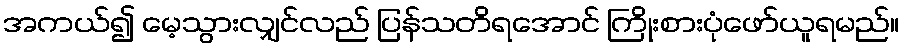
အကယ်၍ မေ့သွားလျှင်လည် ပြန်သတိရအောင် ကြိုးစားပုံဖော်ယူရမည်။